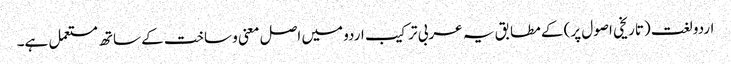
اردو لغت (تاریخی اصول پر) کے مطابق یہ عربی ترکیب اردو میں اصل معنی و ساخت کے ساتھ مستعمل ہے۔